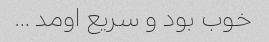
خوب بود و سریع اومد …